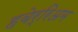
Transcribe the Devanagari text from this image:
हबेर्रिअम